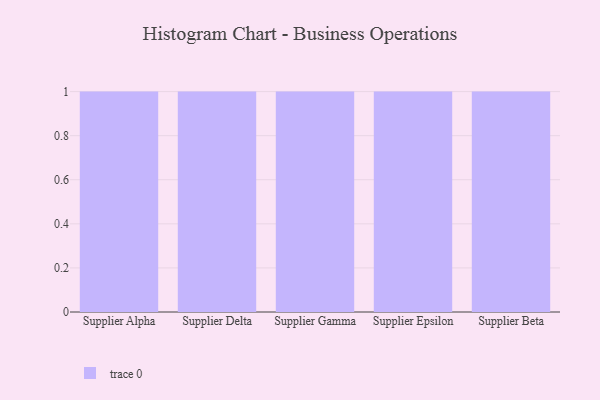
{"axis": {"x": "Supplier", "y": "Satisfaction Score"}, "legend": [""], "data": [{"x": "Supplier Alpha", "y": 75, "type": ""}, {"x": "Supplier Delta", "y": 52, "type": ""}, {"x": "Supplier Gamma", "y": 74, "type": ""}, {"x": "Supplier Epsilon", "y": 20, "type": ""}, {"x": "Supplier Beta", "y": 33, "type": ""}]}